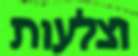
וצלעות